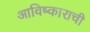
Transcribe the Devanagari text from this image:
आविष्काराची